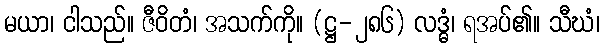
မယာ၊ ငါသည်။ ဇီဝိတံ၊ အသက်ကို။ (ဋ္ဌ-၂၈၆) လဒ္ဓံ၊ ရအပ်၏။ သီဃံ၊